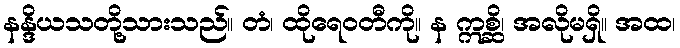
နန္ဒိယသတို့သားသည်။ တံ၊ ထိုရေဝတီကို။ န ဣစ္ဆိ၊ အလိုမရှိ။ အထ၊